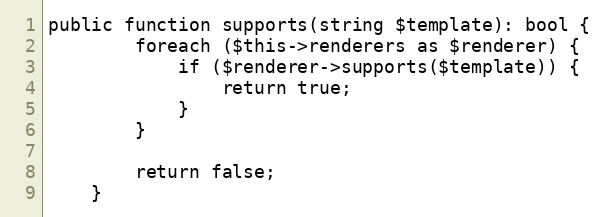
Language: PHP
public function supports(string $template): bool {
        foreach ($this->renderers as $renderer) {
            if ($renderer->supports($template)) {
                return true;
            }
        }

        return false;
    }